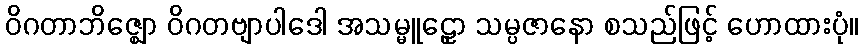
ဝိဂတာဘိဇ္ဈော ဝိဂတဗျာပါဒေါ အသမ္မူဠှော သမ္ပဇာနော စသည်ဖြင့် ဟောထားပုံ။